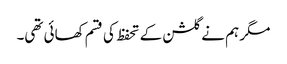
مگر ہم نے گلشن کے تحفظ کی قسم کھائی تھی۔